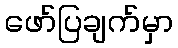
ဖော်ပြချက်မှာ